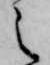
之